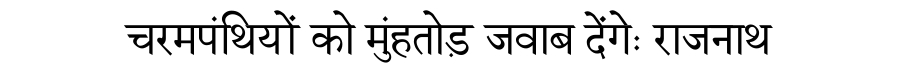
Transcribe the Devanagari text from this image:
चरमपंथियों को मुंहतोड़ जवाब देंगेः राजनाथ